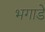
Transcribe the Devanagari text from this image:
भगाडे